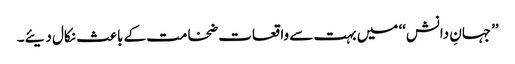
’’جہانِ دانش‘‘ میں بہت سے واقعات ضخامت کے باعث نکال دیئے۔